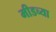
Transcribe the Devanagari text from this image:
मीडच्या